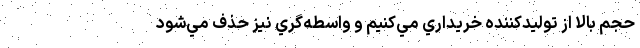
حجم بالا از توليدكننده خريداري مي‌كنيم و واسطه‌گري نيز حذف مي‌شود